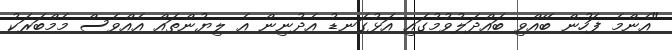
"އެންމެ ފަހުން ބޭއްވި ބައްދަލުވުމުގައި އަޅުގަނޑު އެދުނިން އެ ލިޔުންތައް އެއްވެސް މެމްބަރަކު